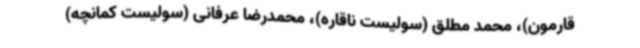
قارمون)، محمد مطلق (سولیست ناقاره)، محمدرضا عرفانی (سولیست کمانچه)